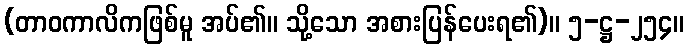
(တာဝကာလိကဖြစ်မူ အပ်၏။ သို့သော အစားပြန်ပေးရ၏)။ ၅-ဋ္ဌ-၂၅၄။